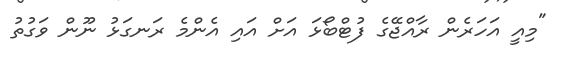
"މިއީ އަހަރެން ރާއްޖޭގެ ފުޓްބޯޅަ އަށް އައި އެންމެ ރަނގަޅު ނޫން ވަގުތު